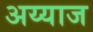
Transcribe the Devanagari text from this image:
अय्याज